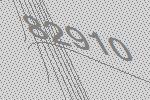
82910